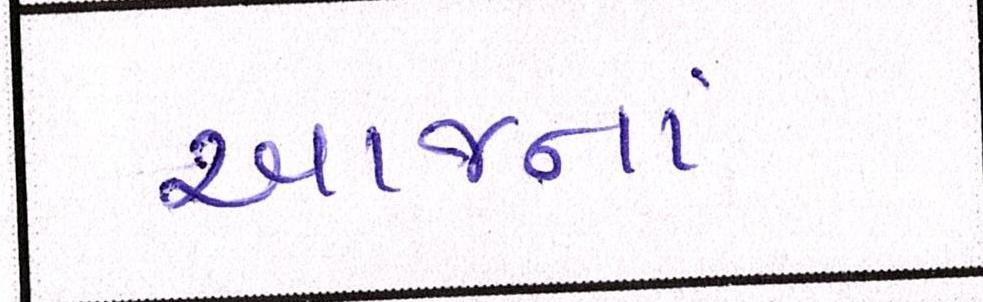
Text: આજનાં